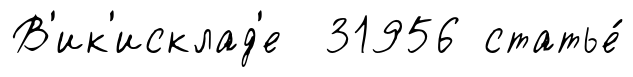
В'ик'исклад'е 31956 статье́